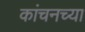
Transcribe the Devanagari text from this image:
कांचनच्या